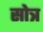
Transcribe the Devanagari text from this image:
सोत्र